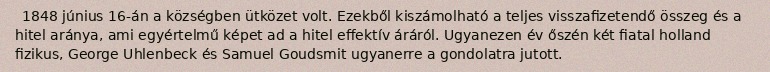
1848 június 16-án a községben ütközet volt. Ezekből kiszámolható a teljes visszafizetendő összeg és a hitel aránya, ami egyértelmű képet ad a hitel effektív áráról. Ugyanezen év őszén két fiatal holland fizikus, George Uhlenbeck és Samuel Goudsmit ugyanerre a gondolatra jutott.